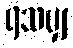
ရသမျှ